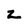
Character: z